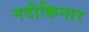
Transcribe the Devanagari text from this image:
नदीकिनार